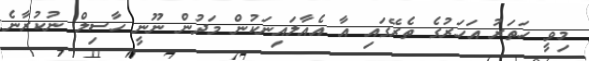
މިވީ ހަތަރު އަހަރުގެ ތެރޭގައި އާ އެއާލައިނަކުން މަދުން ނޫނީ ހާސިލް ނުކުރާނެ